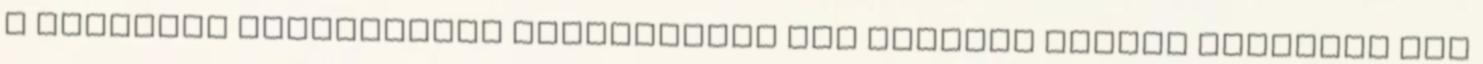
a temetési szokásoknak megfelelően fel kellett tennie kisebbik fia